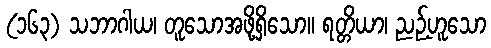
(၁၆၃) သဘာဂါယ၊ တူသောအဖို့ရှိသော။ ရတ္တိယာ၊ ညဉ့်ဟူသော